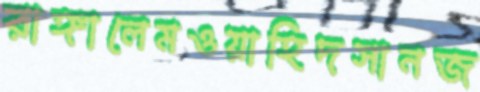
রাঙ্গালেমওয়াহিদসানজ